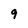
Character: 9